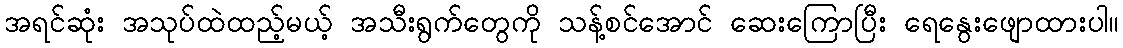
အရင်ဆုံး အသုပ်ထဲထည့်မယ့် အသီးရွက်တွေကို သန့်စင်အောင် ဆေးကြောပြီး ရေနွေးဖျောထားပါ။